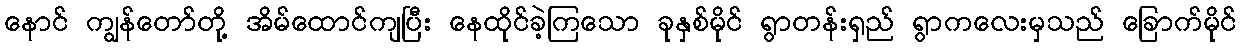
နောင် ကျွန်တော်တို့ အိမ်ထောင်ကျပြီး နေထိုင်ခဲ့ကြသော ခုနှစ်မိုင် ရွာတန်းရှည် ရွာကလေးမှသည် ခြောက်မိုင်